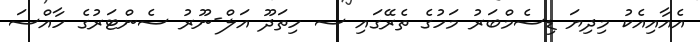
އެއާއިއެކު މިދިޔަ ޑިސެމްބަރު މަހުގެ ތެރޭގައި ސ ހިތަދޫ އަލް-ނޫރު ސެންޓަރުގެ ހާއްސަ